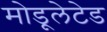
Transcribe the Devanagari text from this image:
मोडूलेटेड